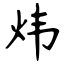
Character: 炜